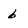
Character: 6